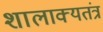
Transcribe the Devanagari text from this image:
शालाक्यतंत्र